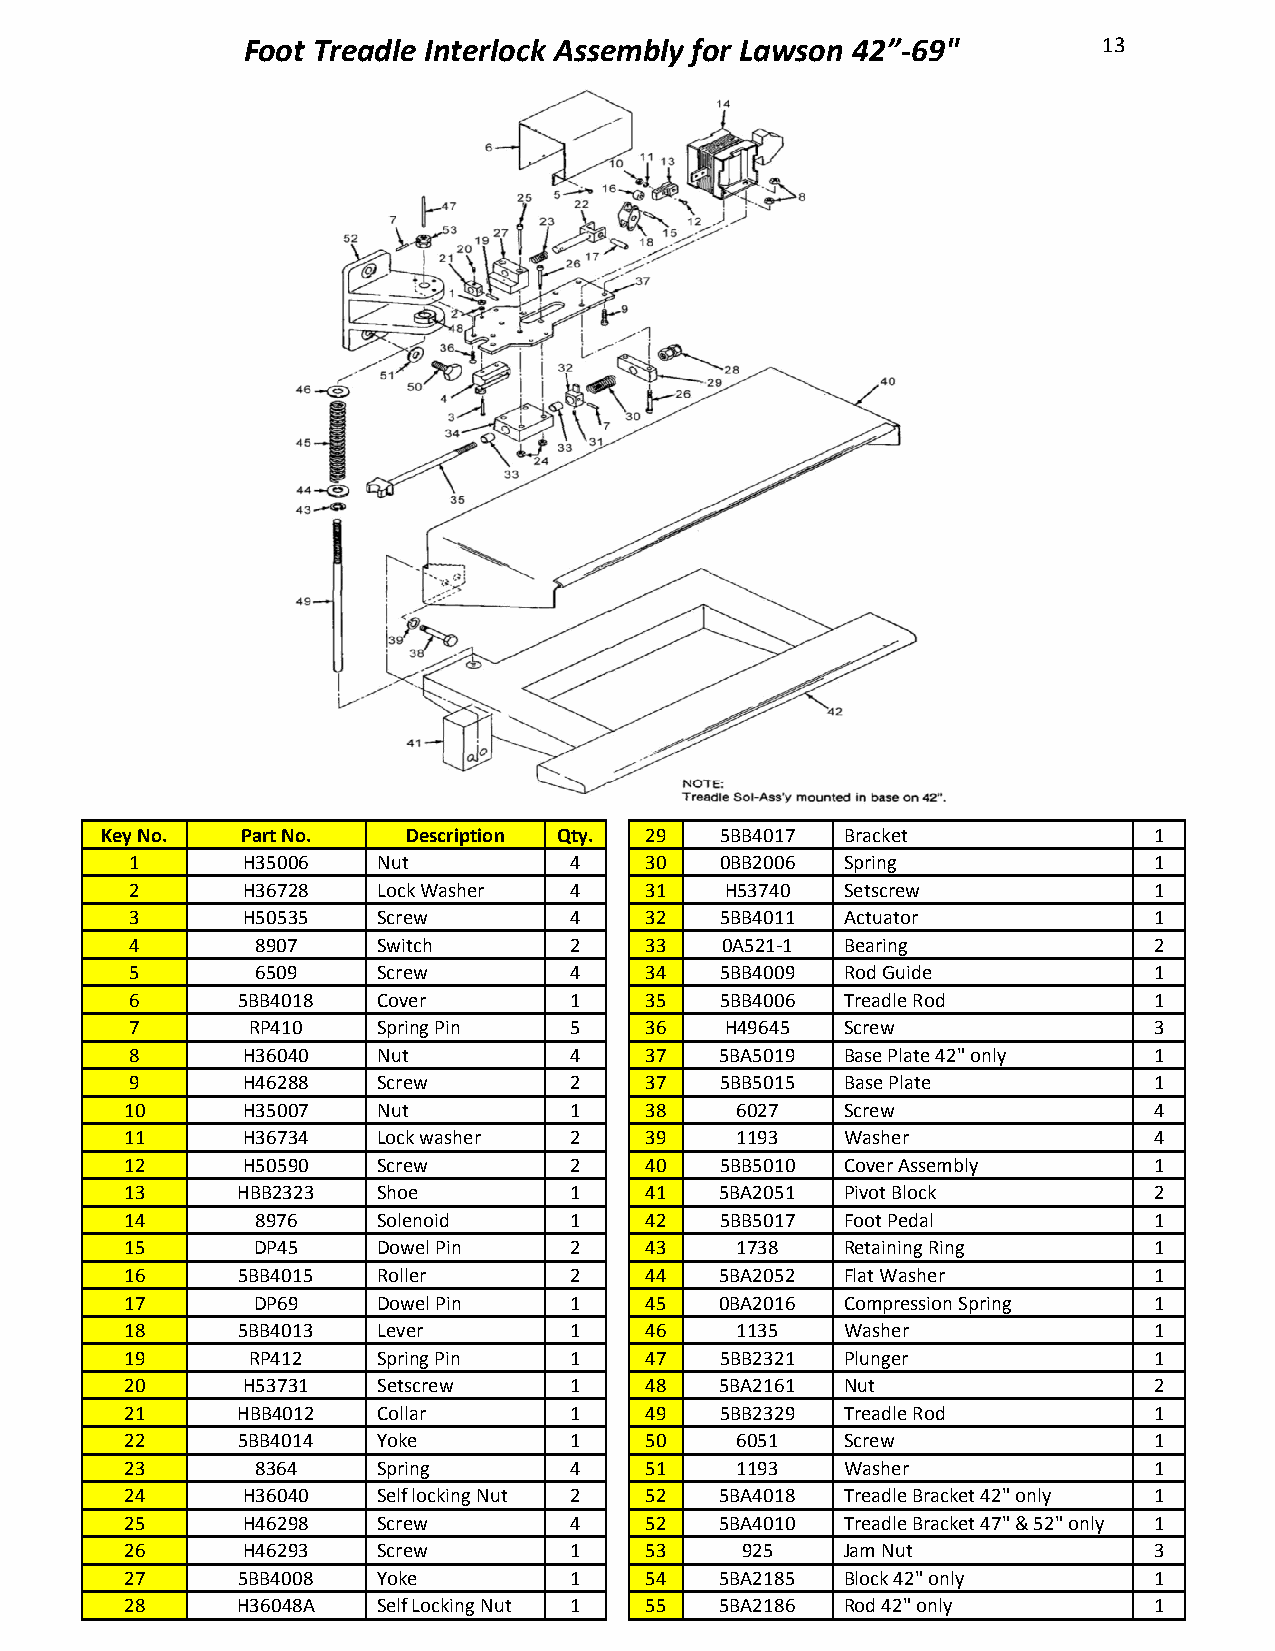
Foot Treadle Interlock Assembly for Lawson 42”-69"       13
 Key No.  Part No.   Description Qty. 29  5BB4017 Bracket             1
 1      H35006   Nut          4    30   0BB2006 Spring              1
 2      H36728   Lock Washer  4    31   H53740  Setscrew            1
 3      H50535   Screw        4    32   5BB4011 Actuator            1
 4       8907    Switch       2    33   0A521-1 Bearing             2
 5       6509    Screw        4    34   5BB4009 Rod Guide           1
 6      5BB4018  Cover        1    35   5BB4006 Treadle Rod         1
 7       RP410   Spring Pin   5    36   H49645  Screw               3
 8      H36040   Nut          4    37   5BA5019 Base Plate 42" only 1
 9      H46288   Screw        2    37   5BB5015 Base Plate          1
 10      H35007   Nut          1    38    6027   Screw               4
 11      H36734   Lock washer  2    39    1193   Washer              4
 12      H50590   Screw        2    40   5BB5010 Cover Assembly      1
 13      HBB2323  Shoe         1    41   5BA2051 Pivot Block         2
 14       8976    Solenoid     1    42   5BB5017 Foot Pedal          1
 15       DP45    Dowel Pin    2    43    1738   Retaining Ring      1
 16      5BB4015  Roller       2    44   5BA2052 Flat Washer         1
 17       DP69    Dowel Pin    1    45   0BA2016 Compression Spring  1
 18      5BB4013  Lever        1    46    1135   Washer              1
 19       RP412   Spring Pin   1    47   5BB2321 Plunger             1
 20      H53731   Setscrew     1    48   5BA2161 Nut                 2
 21      HBB4012  Collar       1    49   5BB2329 Treadle Rod         1
 22      5BB4014  Yoke         1    50    6051   Screw               1
 23       8364    Spring       4    51    1193   Washer              1
 24      H36040   Self locking Nut 2 52  5BA4018 Treadle Bracket 42" only 1
 25      H46298   Screw        4    52   5BA4010 Treadle Bracket 47" & 52" only 1
 26      H46293   Screw        1    53    925    Jam Nut             3
 27      5BB4008  Yoke         1    54   5BA2185 Block 42" only      1
 28      H36048A  Self Locking Nut 1 55  5BA2186 Rod 42" only        1